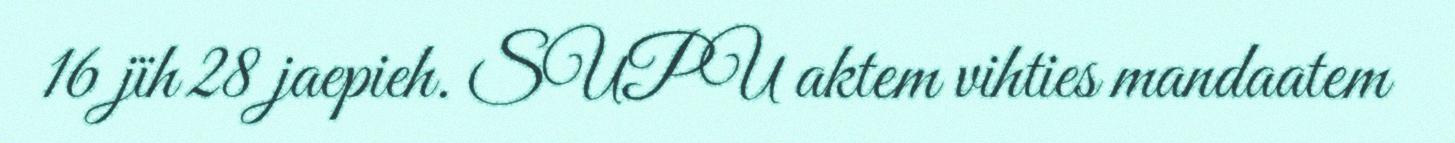
16 jïh 28 jaepieh. SUPU aktem vihties mandaatem